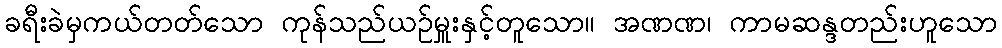
ခရီးခဲမှကယ်တတ်သော ကုန်သည်ယဉ်မှူးနှင့်တူသော။ အဏဏ၊ ကာမဆန္ဒတည်းဟူသော